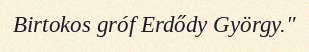
Birtokos gróf Erdődy György."